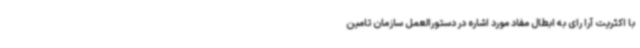
با اکثریت آرا رای به ابطال مفاد مورد اشاره در دستورالعمل سازمان تامین